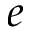
e